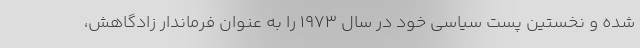
شده و نخستین پست سیاسی خود در سال ۱۹۷۳ را به عنوان فرماندار زادگاهش،